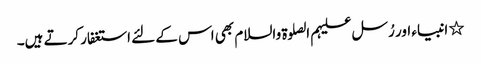
٭ انبیاء اور رُسل علیہم الصلوۃ والسلام بھی اس کے لئے استغفار کرتے ہیں۔